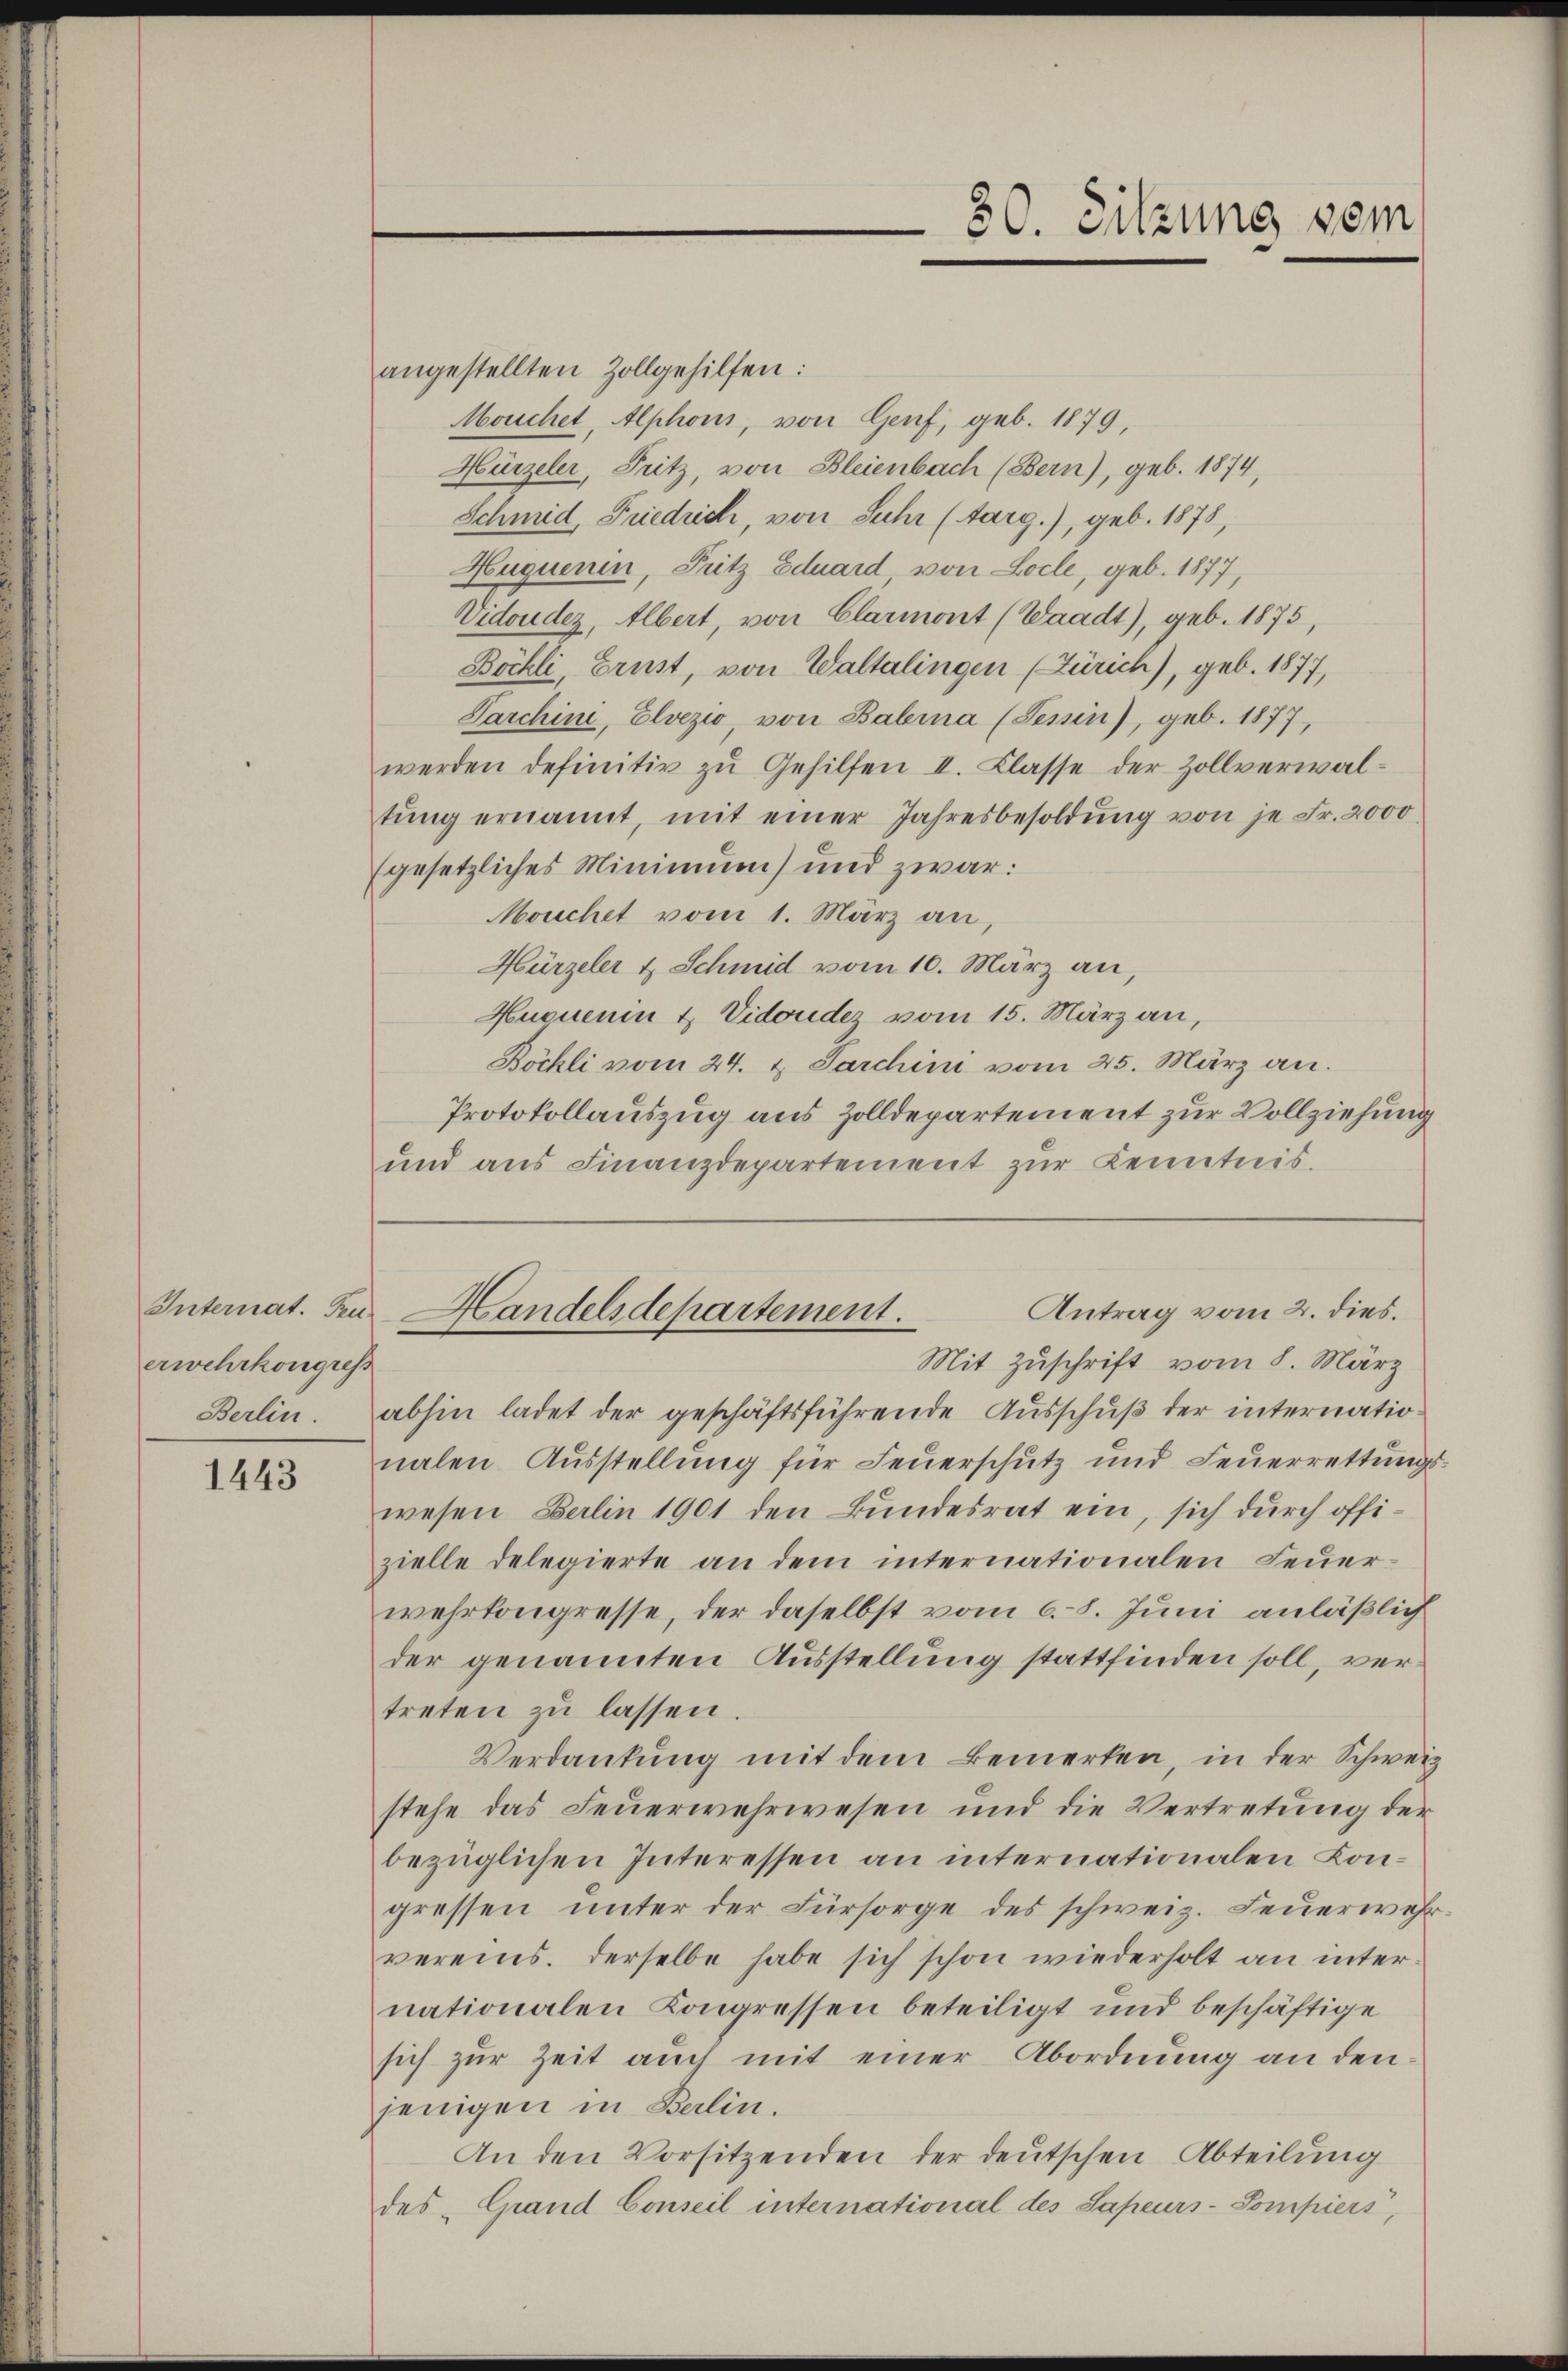
erwehrkongress

1443

Protokollauszug aus Zolldepartement zur Vollziehung
und aus Finanzdepartement zur Kenntnis.

angestellten Zollgehilfen:
Mouchet, Alphoni, von Genf, geb. 1879,
Hürzeler, Fritz, von Bleienbach (Bern), geb. 1874,
Schmid, Friedrich, von Suhr (targ.), geb. 1878,
Huquenin, Pritz Eduard, von Locle, geb. 1877,
Vidoudez, Albert, von Clarmont (Waadt), geb. 1875,
Böchli, Ernst, von Waltalingen (Zürich), geb. 1877,
Parchini, Elvezio, von Balina (Tessin), geb. 1877,
werden definitiv zu Gehilfen II. Classe der Zollverwaltŭng ernannt, mit einer Jahresbesoldŭng von je Fr. 2000
(gesetzliches Minimum) und zwar:
Mouchet vom 1. März an,
Hürzeler & Schmid vom 10. März an,
Huquenin & Vidoudez vom 15. März an,
Böckli vom 24. & Jarchini vom 25. März an.
Antrag vom 2. dies.
Internat. Den Handelsdepartement.
Mit Zuschrift vom 8. März
Berlin. abhin ladet der geschäftsführende Ausschuß der internationalen Ausstellung für Feuerschutz und Feŭerrettŭngs-
wesen Berlin 1901 den Bundesrat ein, sich durch offizielle delegierte an dem internationalen Feuerwehrkongresse, der daselbst vom 6. 8. Juni anläßlich
der genannten Ausstellung stattfinden soll, vertreten zu lassen.
Verdankung mit dem Bemerken, in der Schweiz
stehe das Feŭerwehrwesen und die Vertretung der
bezüglichen Interessen an internationalen Kongressen ŭnter der Fürsorge des schweiz. Feŭerwehr-
vereins. Derselbe habe sich schon wiederholt an internationalen Kongressen beteiligt und beschäftige
sich zur Zeit auch mit einer Abordnung an denjenigen in Berlin.
An den Vorsitzenden der deutschen Abteilung
des Grand Conseil international des Sapeurs-Sompiers,

80. Sitzung vom